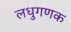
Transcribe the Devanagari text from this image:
लधुगणक